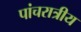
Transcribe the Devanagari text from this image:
पांचरात्रीय